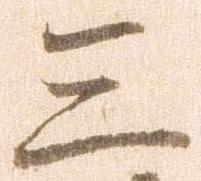
三